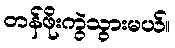
တန်ဖိုးကွဲသွားမယ်။